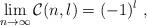
LaTeX: \begin{align*}\displaystyle{\lim_{n\rightarrow\infty}\mathcal{C}(n,l)=(-1)^{l}}\ ,\end{align*}